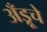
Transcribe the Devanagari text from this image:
अँड्रूचे